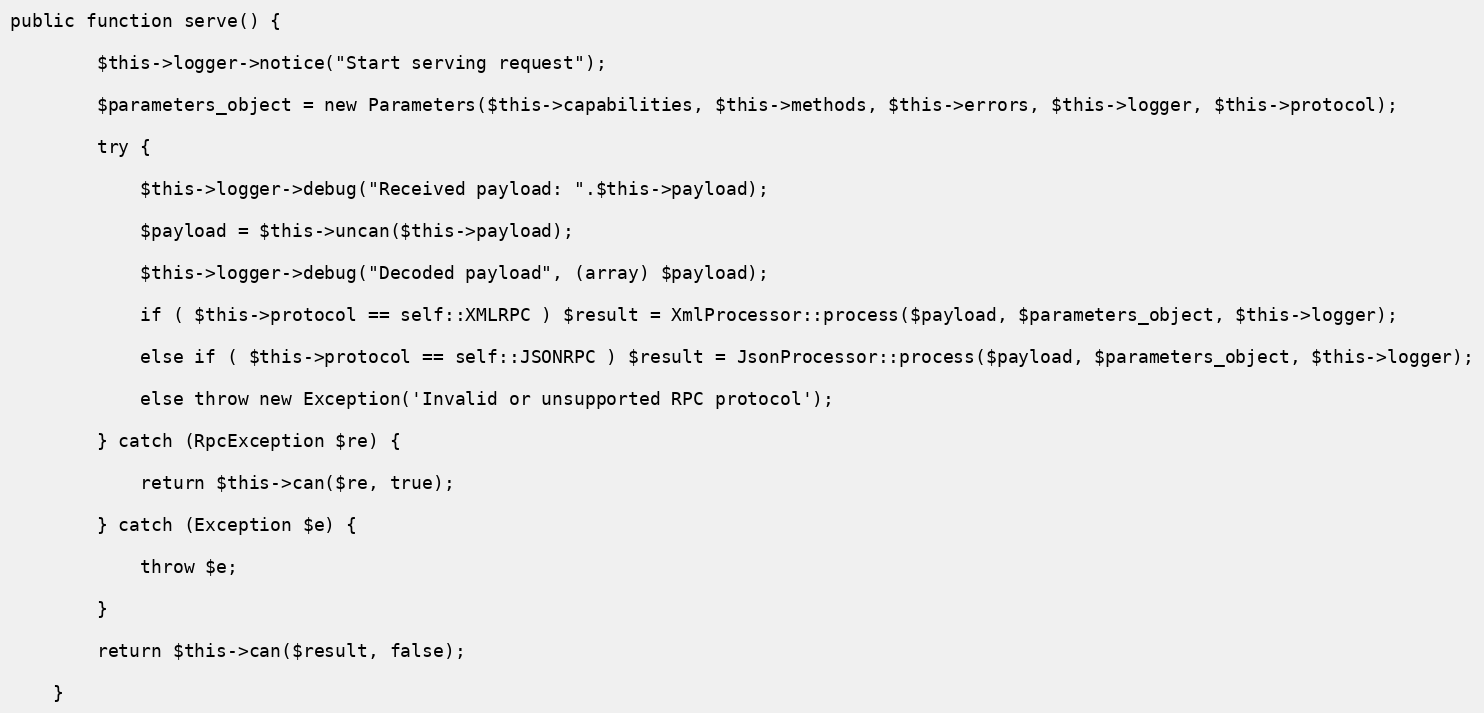
Language: PHP
public function serve() {

        $this->logger->notice("Start serving request");

        $parameters_object = new Parameters($this->capabilities, $this->methods, $this->errors, $this->logger, $this->protocol);

        try {

            $this->logger->debug("Received payload: ".$this->payload);

            $payload = $this->uncan($this->payload);

            $this->logger->debug("Decoded payload", (array) $payload);

            if ( $this->protocol == self::XMLRPC ) $result = XmlProcessor::process($payload, $parameters_object, $this->logger);

            else if ( $this->protocol == self::JSONRPC ) $result = JsonProcessor::process($payload, $parameters_object, $this->logger);

            else throw new Exception('Invalid or unsupported RPC protocol');

        } catch (RpcException $re) {

            return $this->can($re, true);

        } catch (Exception $e) {

            throw $e;

        }

        return $this->can($result, false);

    }